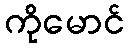
ကိုမောင်